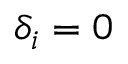
\delta _ { i } = 0